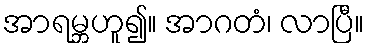
အာရမ္ဘဟူ၍။ အာဂတံ၊ လာပြီ။